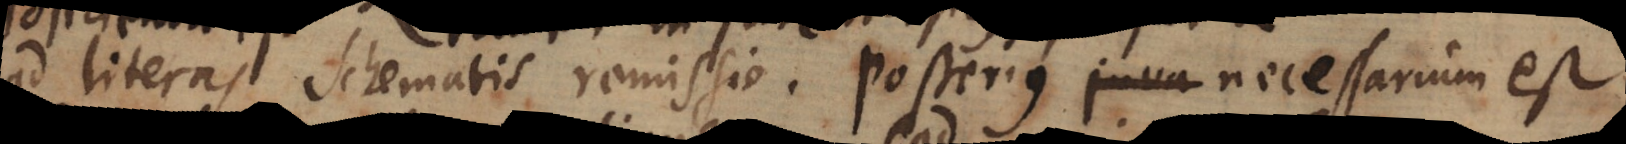
ad literas schematis remissio. Posterius juva necessarium est